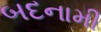
બદનામી